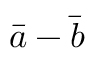
\bar { a } - \bar { b }